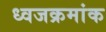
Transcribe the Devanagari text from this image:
ध्वजक्रमांक